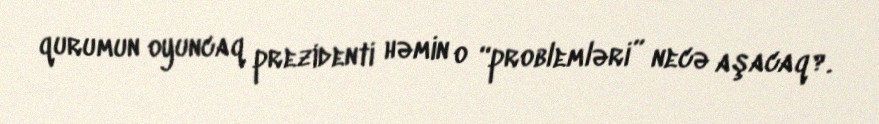
qurumun oyuncaq prezidenti həmin o “problemləri” necə aşacaq?.